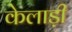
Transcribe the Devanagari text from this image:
केलाड़ी